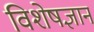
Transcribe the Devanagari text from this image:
विशेषज्ञान